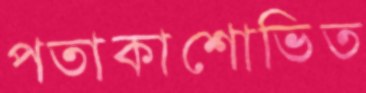
পতাকাশোভিত